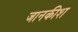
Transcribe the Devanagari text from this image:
जानकीश